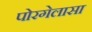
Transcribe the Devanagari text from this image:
पोरगेलासा